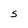
Character: 5